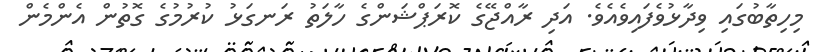
މިހިތާބުގައި ވިދާޅުވެފައިވެއެވެ. އަދި ރާއްޖޭގެ ކޮރަޕްޝަންގެ ހާލަތު ރަނގަޅު ކުރުމުގެ ގޮތުން އެންމެން